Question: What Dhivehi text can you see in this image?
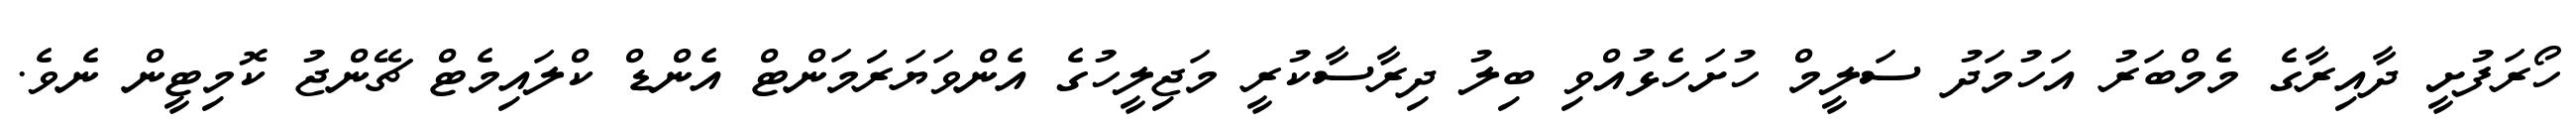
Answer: ހޯރަފުށީ ދާއިރާގެ މެމްބަރު އަހުމަދު ސަލީމް ހުށަހެޅުއްވި ބިލު ދިރާސާކުރީ މަޖިލީހުގެ އެންވަޔަރަަމަންޓް އެންޑް ކްލައިމެޓް ޗޭންޖު ކޮމިޓީން ނެވެ.